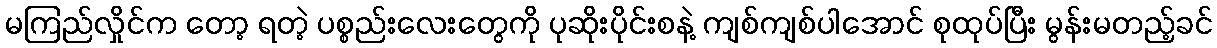
မကြည်လှိုင်က တော့ ရတဲ့ ပစ္စည်းလေးတွေကို ပုဆိုးပိုင်းစနဲ့ ကျစ်ကျစ်ပါအောင် စုထုပ်ပြီး မွန်းမတည့်ခင်